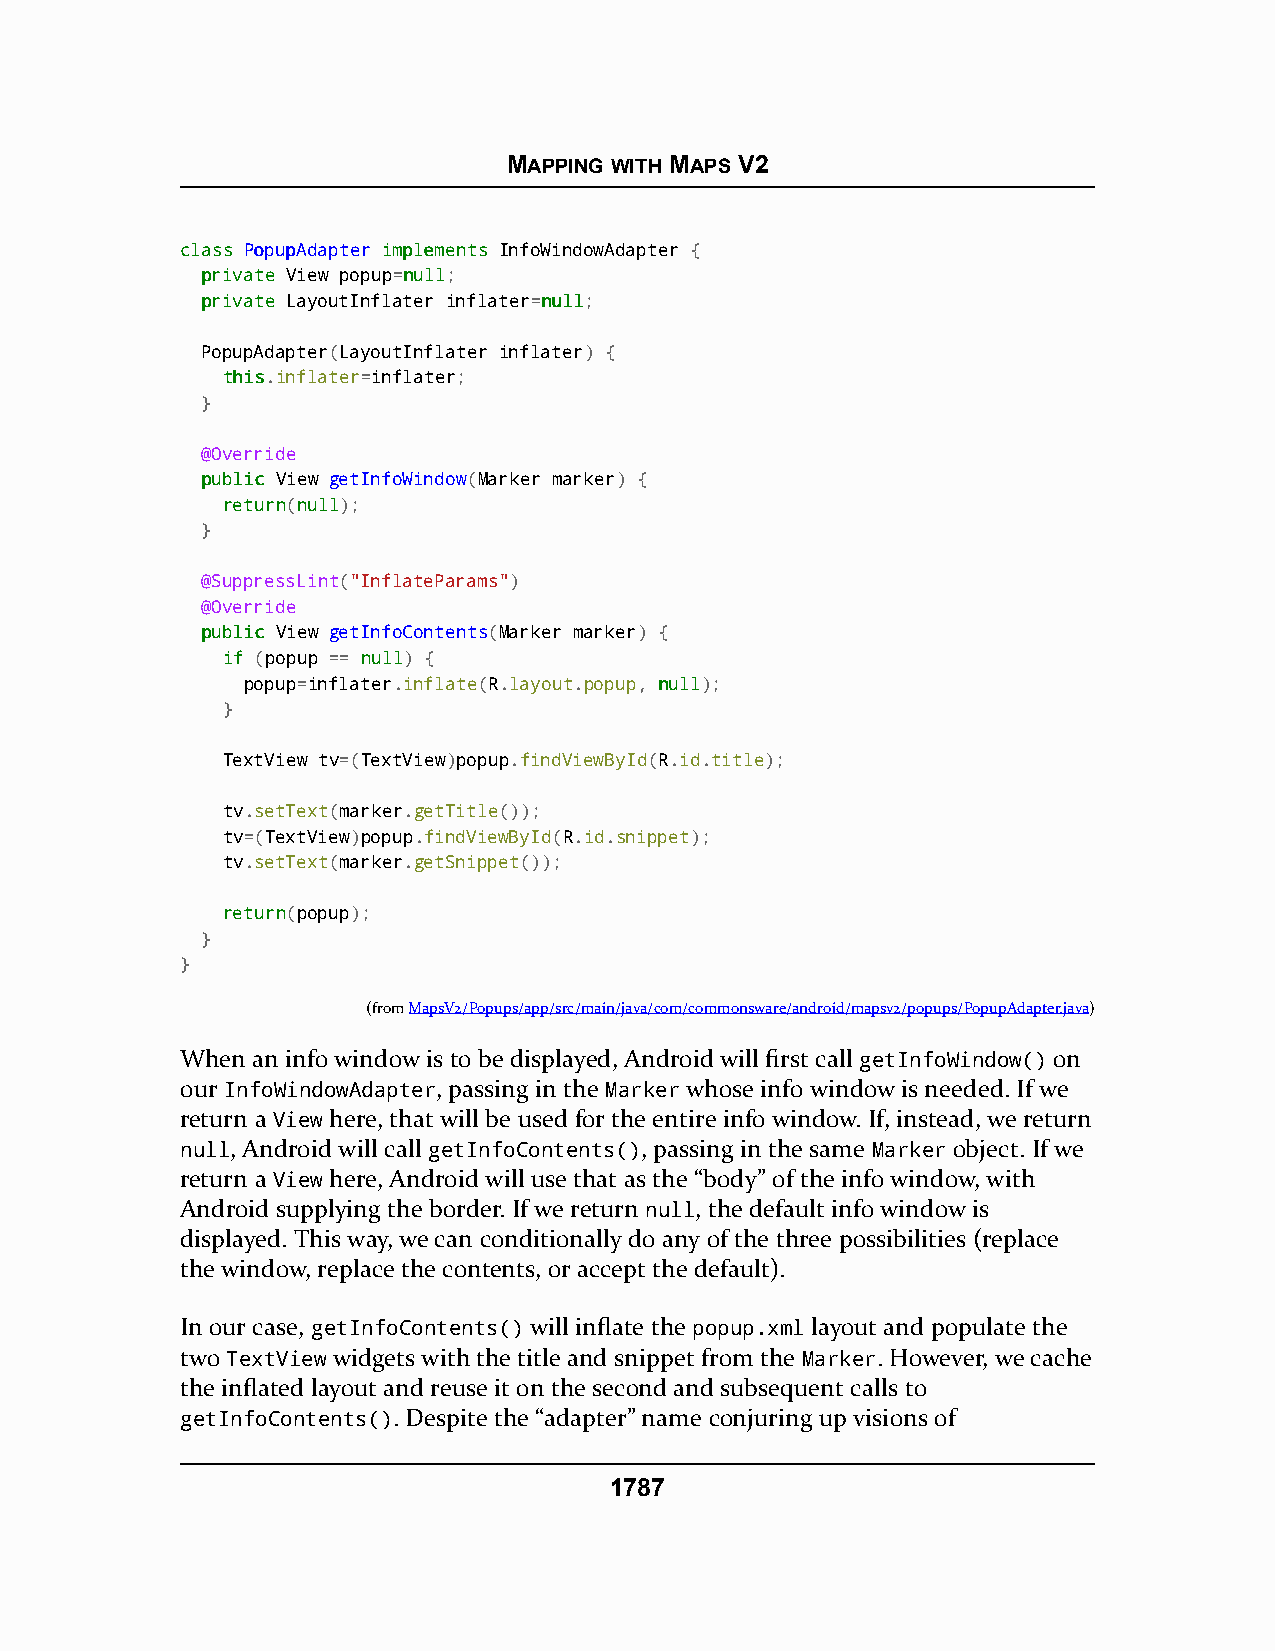
MAPPING WITH MAPS V2
 ccllaassss PPooppuuppAAddaapptteerr iimmpplleemmeennttss InfoWindowAdapter {
 pprriivvaattee View popup=nnuullll;
 pprriivvaattee LayoutInflater inflater=nnuullll;
 PopupAdapter(LayoutInflater inflater) {
 tthhiiss.inflater=inflater;
 }
 @Override
 ppuubblliicc View getInfoWindow(Marker marker) {
 rreettuurrnn(nnuullll);
 }
 @SuppressLint("InflateParams")
 @Override
 ppuubblliicc View getInfoContents(Marker marker) {
 iiff (popup == nnuullll) {
 popup=inflater.inflate(R.layout.popup, nnuullll);
 }
 TextView tv=(TextView)popup.findViewById(R.id.title);
 tv.setText(marker.getTitle());
 tv=(TextView)popup.findViewById(R.id.snippet);
 tv.setText(marker.getSnippet());
 rreettuurrnn(popup);
 }
 }
 (fromMapsV2/Popups/app/src/main/java/com/commonsware/android/mapsv2/popups/PopupAdapter.java)
 When an info window is to be displayed, Android will first call getInfoWindow() on
 our InfoWindowAdapter, passing in the Marker whose info window is needed. If we
 return a View here, that will be used for the entire info window. If, instead, we return
 null, Android will call getInfoContents(), passing in the same Marker object. If we
 return a View here, Android will use that as the “body” of the info window, with
 Android supplying the border. If we return null, the default info window is
 displayed. This way, we can conditionally do any of the three possibilities (replace
 the window, replace the contents, or accept the default).
 In our case, getInfoContents() will inflate the popup.xml layout and populate the
 two TextView widgets with the title and snippet from the Marker. However, we cache
 the inflated layout and reuse it on the second and subsequent calls to
 getInfoContents(). Despite the “adapter” name conjuring up visions of
 1787